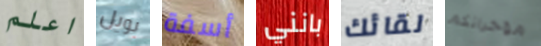
اعلم بويل أسفة بانني لقائك مؤخراتكم